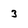
Character: 3